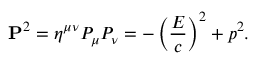
\mathbf { P } ^ { 2 } = \eta ^ { \mu \nu } P _ { \mu } P _ { \nu } = - \left( { \frac { E } { c } } \right) ^ { 2 } + p ^ { 2 } .